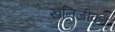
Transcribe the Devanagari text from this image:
खनिजीकृत